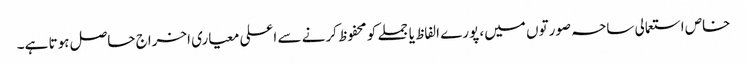
خاص استعمالی ساحہ صورتوں میں، پورے الفاظ یا جملے کو محفوظ کرنے سے اعلی معیاری اخراج حاصل ہوتا ہے۔